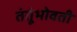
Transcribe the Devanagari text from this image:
तंतूंभोवती